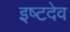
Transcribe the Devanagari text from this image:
इष्‍टदेव